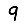
Digit: 9